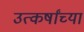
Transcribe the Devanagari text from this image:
उत्कर्षांच्या